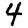
Digit: 4